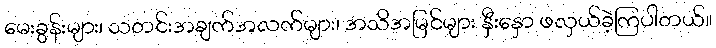
မေးခွန်းများ၊ သတင်းအချက်အလက်များ၊ အသိအမြင်များ နှီးနှော ဖလှယ်ခဲ့ကြပါတယ်။